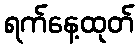
ရက်နေ့ထုတ်